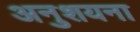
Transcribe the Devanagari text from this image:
अनुशयना